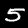
Digit: 5